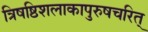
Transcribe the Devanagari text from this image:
त्रिषष्ठिशलाकापुरुषचरित्